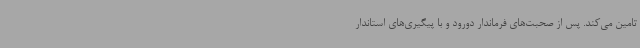
تامین می‌کند. پس از صحبت‌های فرماندار دورود و با پیگیری‌های استاندار